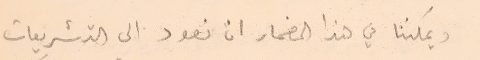
ويمكننا في هذا المضمار ان نعود الى التشريعات